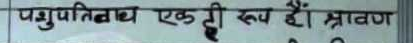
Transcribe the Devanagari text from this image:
पशुपतिनाथ एकटी रुप हैं। श्रावण